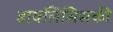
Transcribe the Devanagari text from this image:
डायलिसिसकी